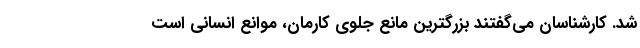
شد. کارشناسان می‌گفتند بزرگترین مانعِ جلوی کارمان، موانع انسانی است